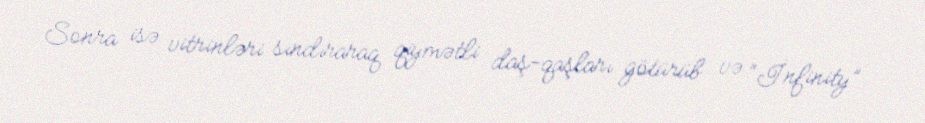
Sonra isə vitrinləri sındıraraq qiymətli daş-qaşları götürüb və “İnfinity”